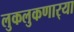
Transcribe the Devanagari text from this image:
लुकलुकणार्‍या